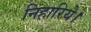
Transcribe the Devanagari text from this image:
निहारिये।